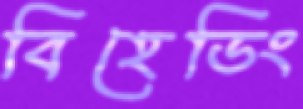
বিহেডিং